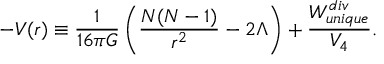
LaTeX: - V ( r ) \equiv { \frac { 1 } { 1 6 \pi G } } \left( { \frac { N ( N - 1 ) } { r ^ { 2 } } } - 2 \Lambda \right) + { \frac { W _ { u n i q u e } ^ { d i v } } { V _ { 4 } } } .